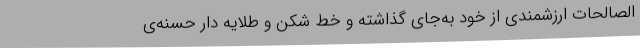
‌الصالحات ارزشمندی از خود به‌جای گذاشته و خط ‌شکن و طلایه دار حسنه‌ی